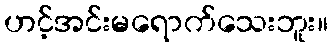
ဟင့်အင်းမရောက်သေးဘူး။